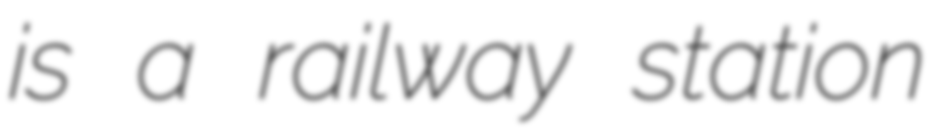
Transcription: is a railway station